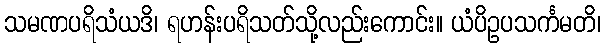
သမဏပရိသံယဒိ၊ ရဟန်းပရိသတ်သို့လည်းကောင်း။ ယံပိဥပသင်္ကမတိ၊